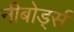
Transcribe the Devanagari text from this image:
नीबोर्ड्स